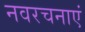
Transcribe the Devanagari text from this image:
नवरचनाएं